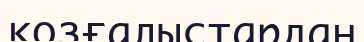
козғалыстардан